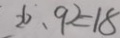
2 6 . 9 2 = 1 8